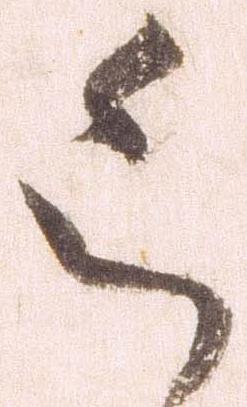
令